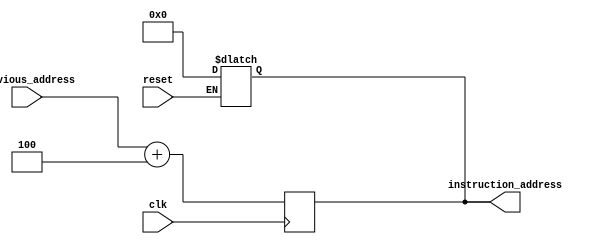
module program_counter(
    input [7:0] previous_address,
    input clk,
    input reset,
    output reg [7:0] instruction_address
);

always @ (reset)
begin
    if (reset == 1)
        instruction_address = 0;
end

always @ (posedge clk)
begin
  instruction_address = previous_address + 4;
end

endmodule